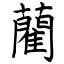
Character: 藺